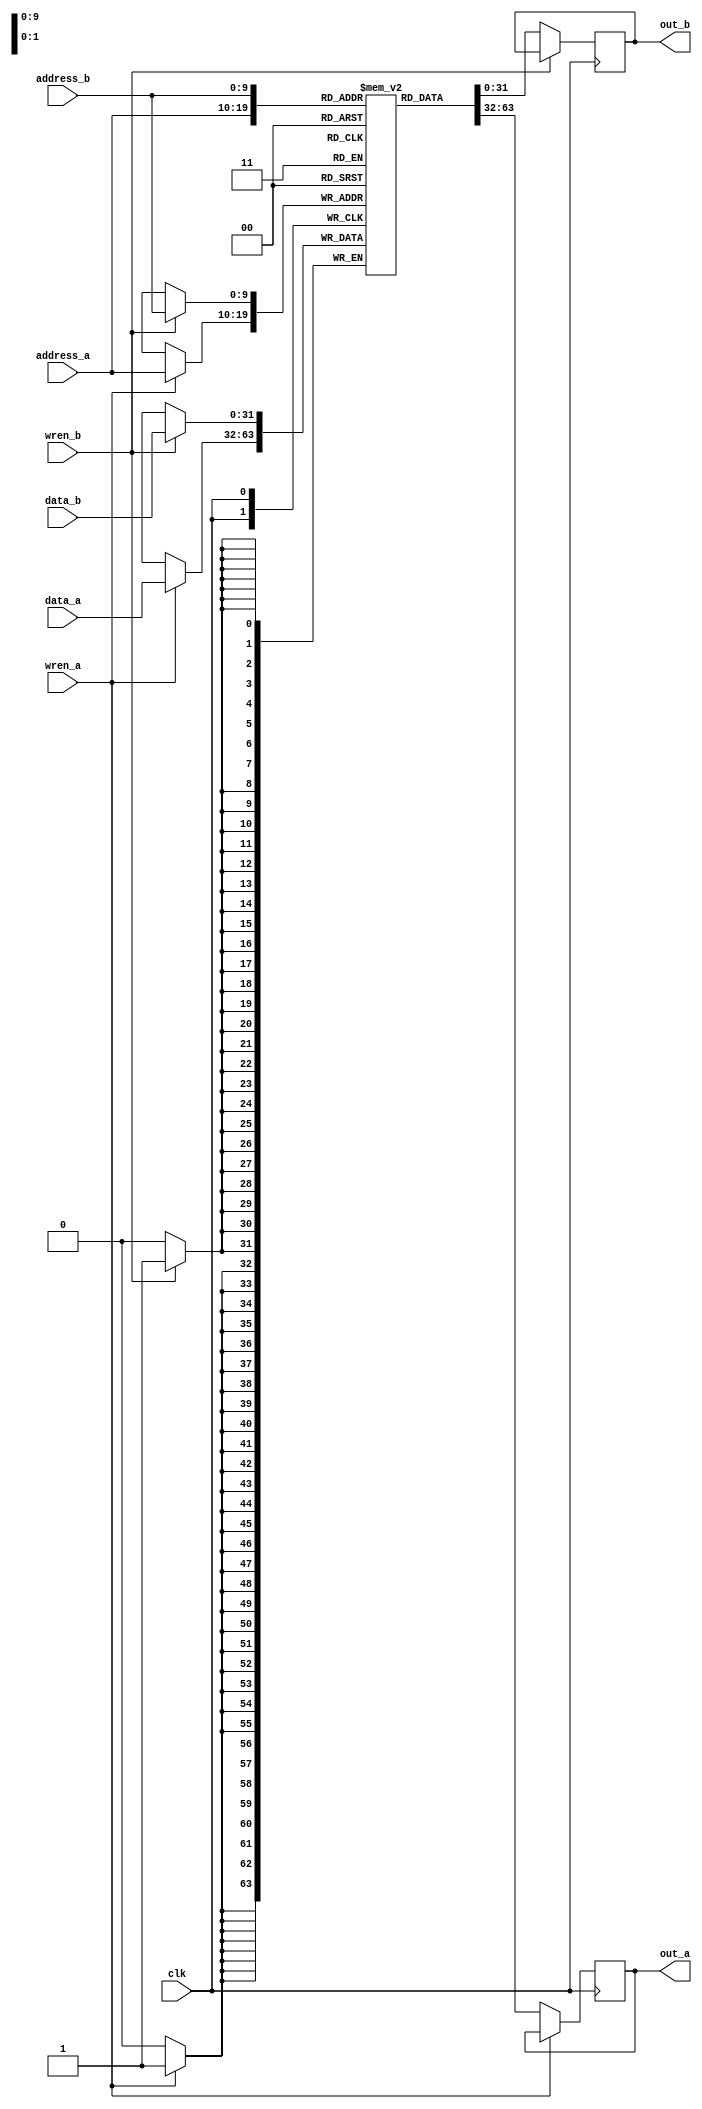
`define SIMULATION
`define COL_ID_BITS 8
`define ROW_ID_BITS 8
`define MAT_VAL_BITS 8
`define VEC_VAL_BITS 8
`define MULT_BITS (`VEC_VAL_BITS + `MAT_VAL_BITS)
`define NUM_CHANNEL 32
`define NUM_CHANNEL_BITS $clog2(`NUM_CHANNEL)
`define LANE_NUM (3 * `NUM_CHANNEL)
// `define LANE_NUM_BITS $clog2(`LANE_NUM)
`define NUM_MAT_VALS 8864
`define NUM_COL_IDS `NUM_MAT_VALS
`define NUM_ROW_IDS `NUM_MAT_VALS
`define NUM_VEC_VALS 128
`define FIFO_DEPTH 8
`define MAX_COLS (1<<`COL_ID_BITS)
`define BYTES_PER_ADDR_PER_BRAM 1
`define NUM_BRAMS 1
`define VEC_VAL_BYTES (`VEC_VAL_BITS/8)
`define VEC_VAL_OFFSET $clog2(`VEC_VAL_BITS)
`define NUM_VEC_VALS_PER_ADDR_PER_BRAM (`BYTES_PER_ADDR_PER_BRAM/`VEC_VAL_BYTES)
`define NUM_VEC_VALS_PER_ADDR `NUM_VEC_VALS_PER_ADDR_PER_BRAM*`NUM_BRAMS
`define NUM_VEC_VALS_PER_ADDR_BITS $clog2(`NUM_VEC_VALS_PER_ADDR)
`define NUM_ADDR (`NUM_VEC_VALS/`NUM_VEC_VALS_PER_ADDR)
`define BVB_AWIDTH `COL_ID_BITS
`define COUNTER_BITS $clog2(`NUM_ADDR)
`define LOCAL_ID_BITS `NUM_VEC_VALS_PER_ADDR_BITS
// `define SC_FIFO_ASYNC_RESET				// Uncomment for Syncr. reset
// `define SC_FIFO_ASYNC_RESET	or posedge rst		// Uncomment for Async. reset

module dpram #(
	parameter DWIDTH = 32,
	parameter AWIDTH = 10
  )
  (
	clk,
	address_a,
	address_b,
	wren_a,
	wren_b,
	data_a,
	data_b,
	out_a,
	out_b
);

parameter NUM_WORDS=1<<AWIDTH;

input clk;
input [(AWIDTH-1):0] address_a;
input [(AWIDTH-1):0] address_b;
input  wren_a;
input  wren_b;
input [(DWIDTH-1):0] data_a;
input [(DWIDTH-1):0] data_b;
output reg [(DWIDTH-1):0] out_a;
output reg [(DWIDTH-1):0] out_b;

`ifdef SIMULATION

	reg [DWIDTH-1:0] ram[NUM_WORDS-1:0];

	always @ (posedge clk) begin
		if (wren_a) begin
			ram[address_a] <= data_a;
		end
		else begin
			out_a <= ram[address_a];
		end
	end
	  
	always @ (posedge clk) begin 
		if (wren_b) begin
			ram[address_b] <= data_b;
		end 
		else begin
			out_b <= ram[address_b];
		end
	end

`else

	dual_port_ram u_dual_port_ram(
	.addr1(address_a),
	.we1(wren_a),
	.data1(data_a),
	.out1(out_a),
	.addr2(address_b),
	.we2(wren_b),
	.data2(data_b),
	.out2(out_b),
	.clk(clk)
	);

`endif

endmodule